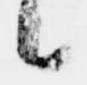
候